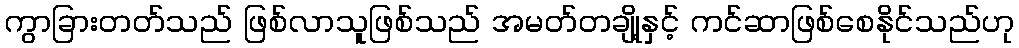
ကွာခြားတတ်သည် ဖြစ်လာသူဖြစ်သည် အမတ်တချို့နှင့် ကင်ဆာဖြစ်စေနိုင်သည်ဟု